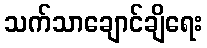
သက်သာချောင်ချိရေး